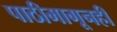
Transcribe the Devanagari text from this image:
पाठीमागूनही